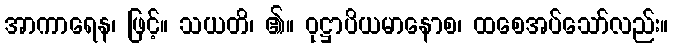
အာကာရေန၊ ဖြင့်။ သယတိ၊ ၏။ ဝုဋ္ဌာပိယမာနောစ၊ ထစေအပ်သော်လည်း။